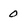
Character: 0